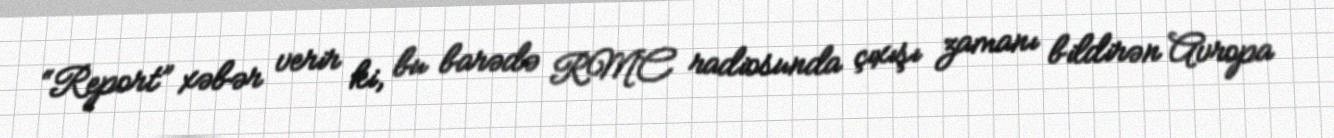
“Report” xəbər verir ki, bu barədə RMC radiosunda çıxışı zamanı bildirən Avropa